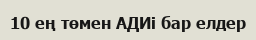
10 ең төмен АДИі бар елдер